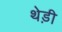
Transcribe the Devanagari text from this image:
थेड़ी